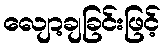
လျော့ချခြင်းဖြင့်